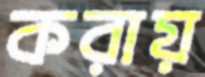
করায়